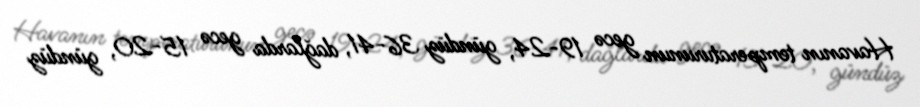
Havanın temperaturunun gecə 19-24, gündüz 36-41, dağlarda gecə 15-20, gündüz